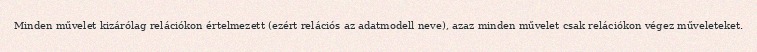
Minden művelet kizárólag relációkon értelmezett (ezért relációs az adatmodell neve), azaz minden művelet csak relációkon végez műveleteket.